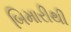
બિમારીથી